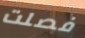
فصلت